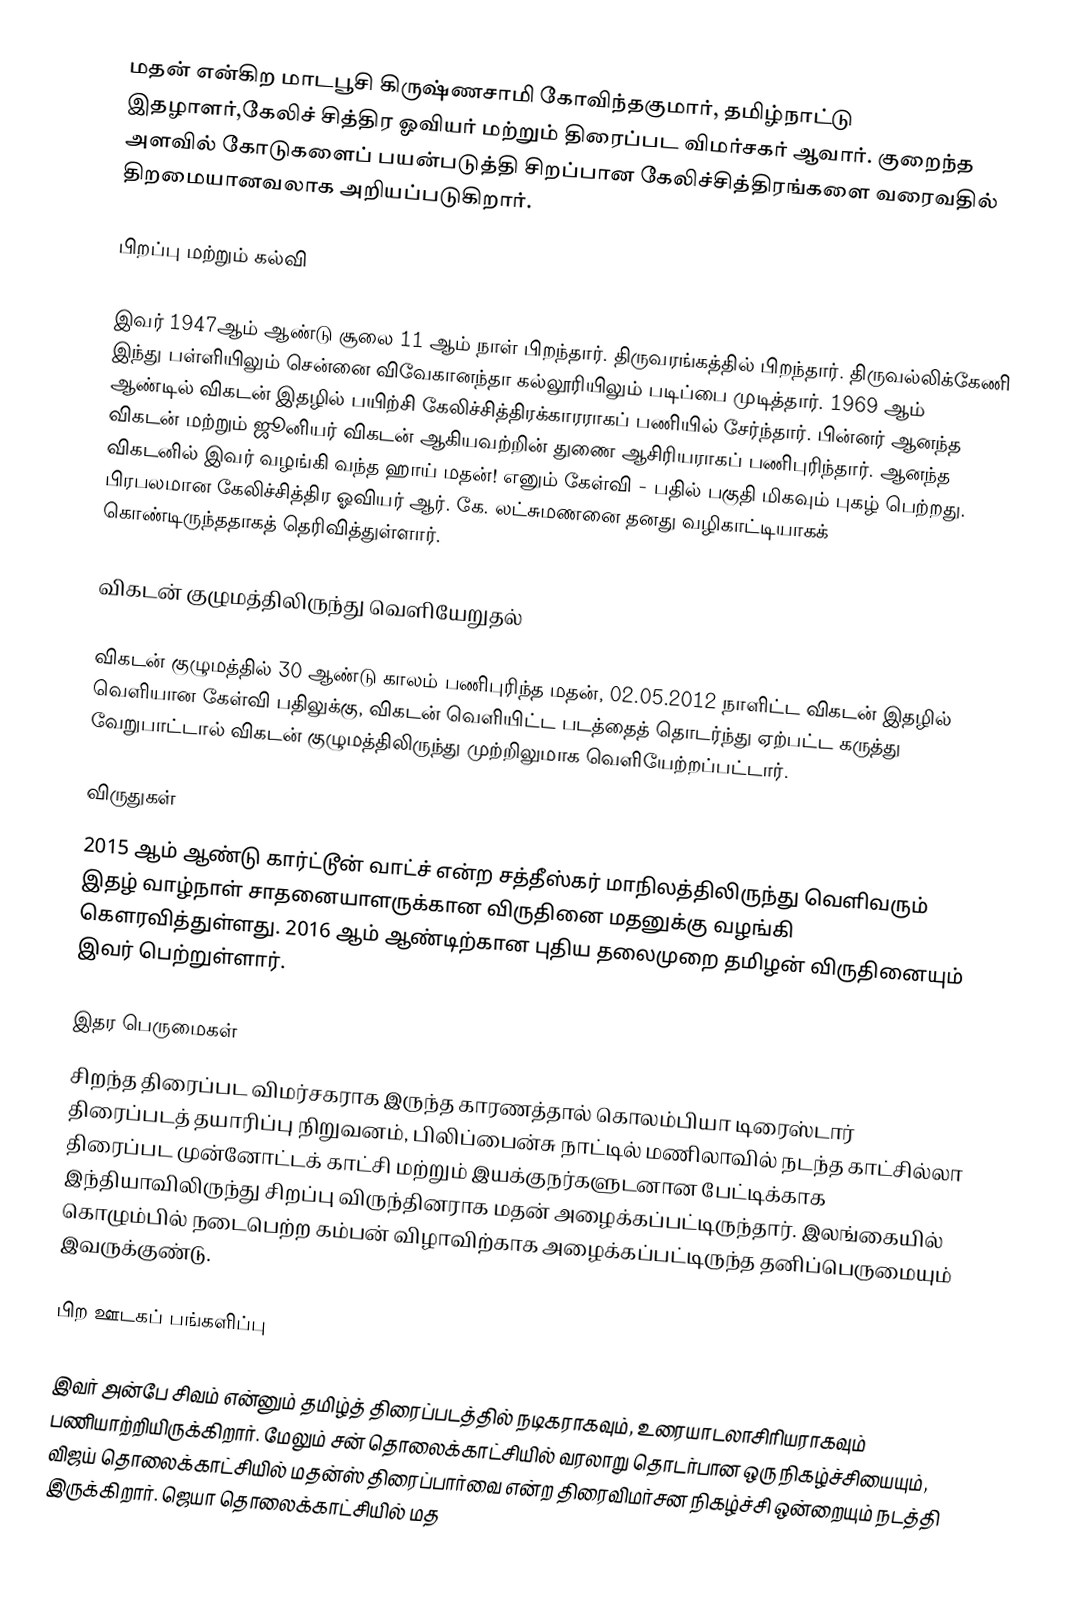
மதன் என்கிற மாடபூசி கிருஷ்ணசாமி கோவிந்தகுமார், தமிழ்நாட்டு இதழாளர்,கேலிச் சித்திர  ஓவியர் மற்றும் திரைப்பட விமர்சகர் ஆவார். குறைந்த அளவில் கோடுகளைப் பயன்படுத்தி சிறப்பான கேலிச்சித்திரங்களை வரைவதில் திறமையானவலாக அறியப்படுகிறார்.

பிறப்பு மற்றும் கல்வி

இவர் 1947ஆம் ஆண்டு சூலை 11 ஆம் நாள் பிறந்தார். திருவரங்கத்தில் பிறந்தார். திருவல்லிக்கேணி இந்து பள்ளியிலும் சென்னை விவேகானந்தா கல்லூரியிலும் படிப்பை முடித்தார். 1969 ஆம் ஆண்டில் விகடன் இதழில் பயிற்சி கேலிச்சித்திரக்காரராகப் பணியில் சேர்ந்தார். பின்னர் ஆனந்த விகடன் மற்றும் ஜூனியர் விகடன் ஆகியவற்றின் துணை ஆசிரியராகப் பணிபுரிந்தார். ஆனந்த விகடனில் இவர் வழங்கி வந்த ஹாய் மதன்! எனும் கேள்வி - பதில் பகுதி மிகவும் புகழ் பெற்றது. பிரபலமான கேலிச்சித்திர ஓவியர் ஆர். கே. லட்சுமணனை தனது வழிகாட்டியாகக் கொண்டிருந்ததாகத் தெரிவித்துள்ளார்.

விகடன் குழுமத்திலிருந்து வெளியேறுதல்

விகடன் குழுமத்தில் 30 ஆண்டு காலம் பணிபுரிந்த மதன், 02.05.2012 நாளிட்ட விகடன் இதழில் வெளியான கேள்வி பதிலுக்கு, விகடன் வெளியிட்ட படத்தைத் தொடர்ந்து ஏற்பட்ட கருத்து வேறுபாட்டால் விகடன் குழுமத்திலிருந்து முற்றிலுமாக வெளியேற்றப்பட்டார்.

விருதுகள்
2015 ஆம் ஆண்டு கார்ட்டூன் வாட்ச் என்ற சத்தீஸ்கர் மாநிலத்திலிருந்து வெளிவரும் இதழ் வாழ்நாள் சாதனையாளருக்கான விருதினை மதனுக்கு வழங்கி கௌரவித்துள்ளது. 2016 ஆம் ஆண்டிற்கான புதிய தலைமுறை தமிழன் விருதினையும் இவர் பெற்றுள்ளார்.

இதர பெருமைகள்
சிறந்த திரைப்பட விமர்சகராக இருந்த காரணத்தால் கொலம்பியா டிரைஸ்டார் திரைப்படத் தயாரிப்பு நிறுவனம், பிலிப்பைன்சு நாட்டில் மணிலாவில் நடந்த காட்சில்லா திரைப்பட முன்னோட்டக் காட்சி மற்றும் இயக்குநர்களுடனான பேட்டிக்காக இந்தியாவிலிருந்து சிறப்பு விருந்தினராக மதன் அழைக்கப்பட்டிருந்தார். இலங்கையில் கொழும்பில் நடைபெற்ற கம்பன் விழாவிற்காக அழைக்கப்பட்டிருந்த தனிப்பெருமையும் இவருக்குண்டு.

பிற ஊடகப் பங்களிப்பு

இவர் அன்பே சிவம் என்னும் தமிழ்த் திரைப்படத்தில் நடிகராகவும், உரையாடலாசிரியராகவும் பணியாற்றியிருக்கிறார். மேலும் சன் தொலைக்காட்சியில் வரலாறு தொடர்பான ஒரு நிகழ்ச்சியையும், விஜய் தொலைக்காட்சியில்  மதன்ஸ் திரைப்பார்வை என்ற திரைவிமர்சன நிகழ்ச்சி ஒன்றையும் நடத்தி இருக்கிறார். ஜெயா தொலைக்காட்சியில் மத